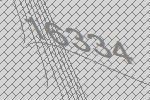
16334